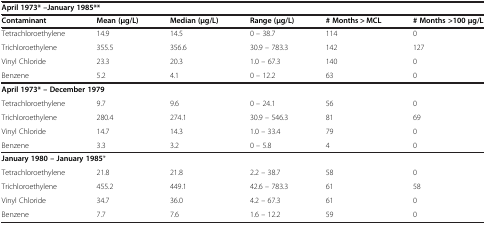
<table><thead><tr><td colspan="6"><b>April 1973* –January 1985**</b></td></tr><tr><td><b>Contaminant</b></td><td><b>Mean (μg/L)</b></td><td><b>Median (μg/L)</b></td><td><b>Range (μg/L)</b></td><td><b># Months &gt; MCL</b></td><td><b># Months &gt;100 μg/L</b></td></tr></thead><tbody><tr><td>Tetrachloroethylene</td><td>14.9</td><td>14.5</td><td>0 – 38.7</td><td>114</td><td>0</td></tr><tr><td>Trichloroethylene</td><td>355.5</td><td>356.6</td><td>30.9 – 783.3</td><td>142</td><td>127</td></tr><tr><td>Vinyl Chloride</td><td>23.3</td><td>20.3</td><td>1.0 – 67.3</td><td>140</td><td>0</td></tr><tr><td>Benzene</td><td>5.2</td><td>4.1</td><td>0 – 12.2</td><td>63</td><td>0</td></tr><tr><td colspan="6"><b>April 1973* – December 1979</b></td></tr><tr><td>Tetrachloroethylene</td><td>9.7</td><td>9.6</td><td>0 – 24.1</td><td>56</td><td>0</td></tr><tr><td>Trichloroethylene</td><td>280.4</td><td>274.1</td><td>30.9 – 546.3</td><td>81</td><td>69</td></tr><tr><td>Vinyl Chloride</td><td>14.7</td><td>14.3</td><td>1.0 – 33.4</td><td>79</td><td>0</td></tr><tr><td>Benzene</td><td>3.3</td><td>3.2</td><td>0 – 5.8</td><td>4</td><td>0</td></tr><tr><td colspan="6"><b>January 1980 – January 1985</b>*</td></tr><tr><td>Tetrachloroethylene</td><td>21.8</td><td>21.8</td><td>2.2 – 38.7</td><td>58</td><td>0</td></tr><tr><td>Trichloroethylene</td><td>455.2</td><td>449.1</td><td>42.6 – 783.3</td><td>61</td><td>58</td></tr><tr><td>Vinyl Chloride</td><td>34.7</td><td>36.0</td><td>4.2 – 67.3</td><td>61</td><td>0</td></tr><tr><td>Benzene</td><td>7.7</td><td>7.6</td><td>1.6 – 12.2</td><td>59</td><td>0</td></tr></tbody></table>